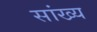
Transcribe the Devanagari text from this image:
सांख्‍य